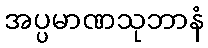
အပ္ပမာဏသုဘာနံ